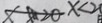
x > 2 0 x < 2 0